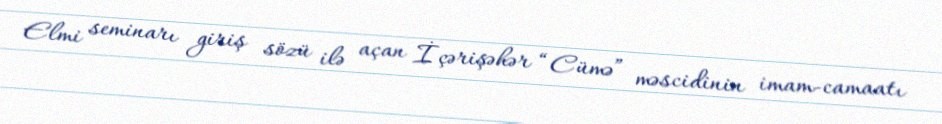
Elmi seminarı giriş sözü ilə açan İçərişəhər “Cümə” məscidinin imam-camaatı